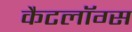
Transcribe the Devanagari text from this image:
कैटलॉग्स